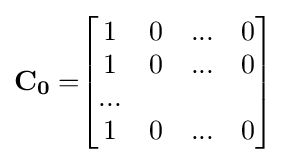
\mathbf {C_{0}=} {\begin{bmatrix}1&0&...&0\\1&0&...&0\\...\\1&0&...&0\end{bmatrix}}